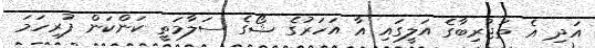
އަދި އެ ތަޖުރިބާގެ އަލީގައި އާ އަހަރުގެ ޝޯގެ ސަލާމަތީ ކަންކަން ފުރިހަމަ